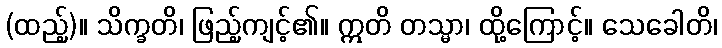
(ထည့်)။ သိက္ခတိ၊ ဖြည့်ကျင့်၏။ ဣတိ တသ္မာ၊ ထို့ကြောင့်။ သေခေါတိ၊